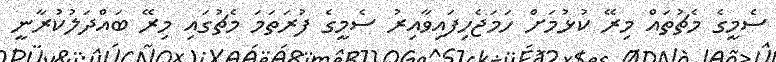
ސެމީގެ މެޗުތައް މިރޭ ކުޅުމަށް ހަމަޖެހިފައިވާއިރު ސެމީގެ ފުރަތަމަ މެޗުގައި މިރޭ ބައްދަލުކުރާނީ